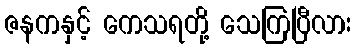
ဇနကနှင့် ကေသရတို့ သေကြပြီလား